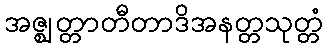
အဇ္ဈတ္တာတီတာဒိအနတ္တသုတ္တံ